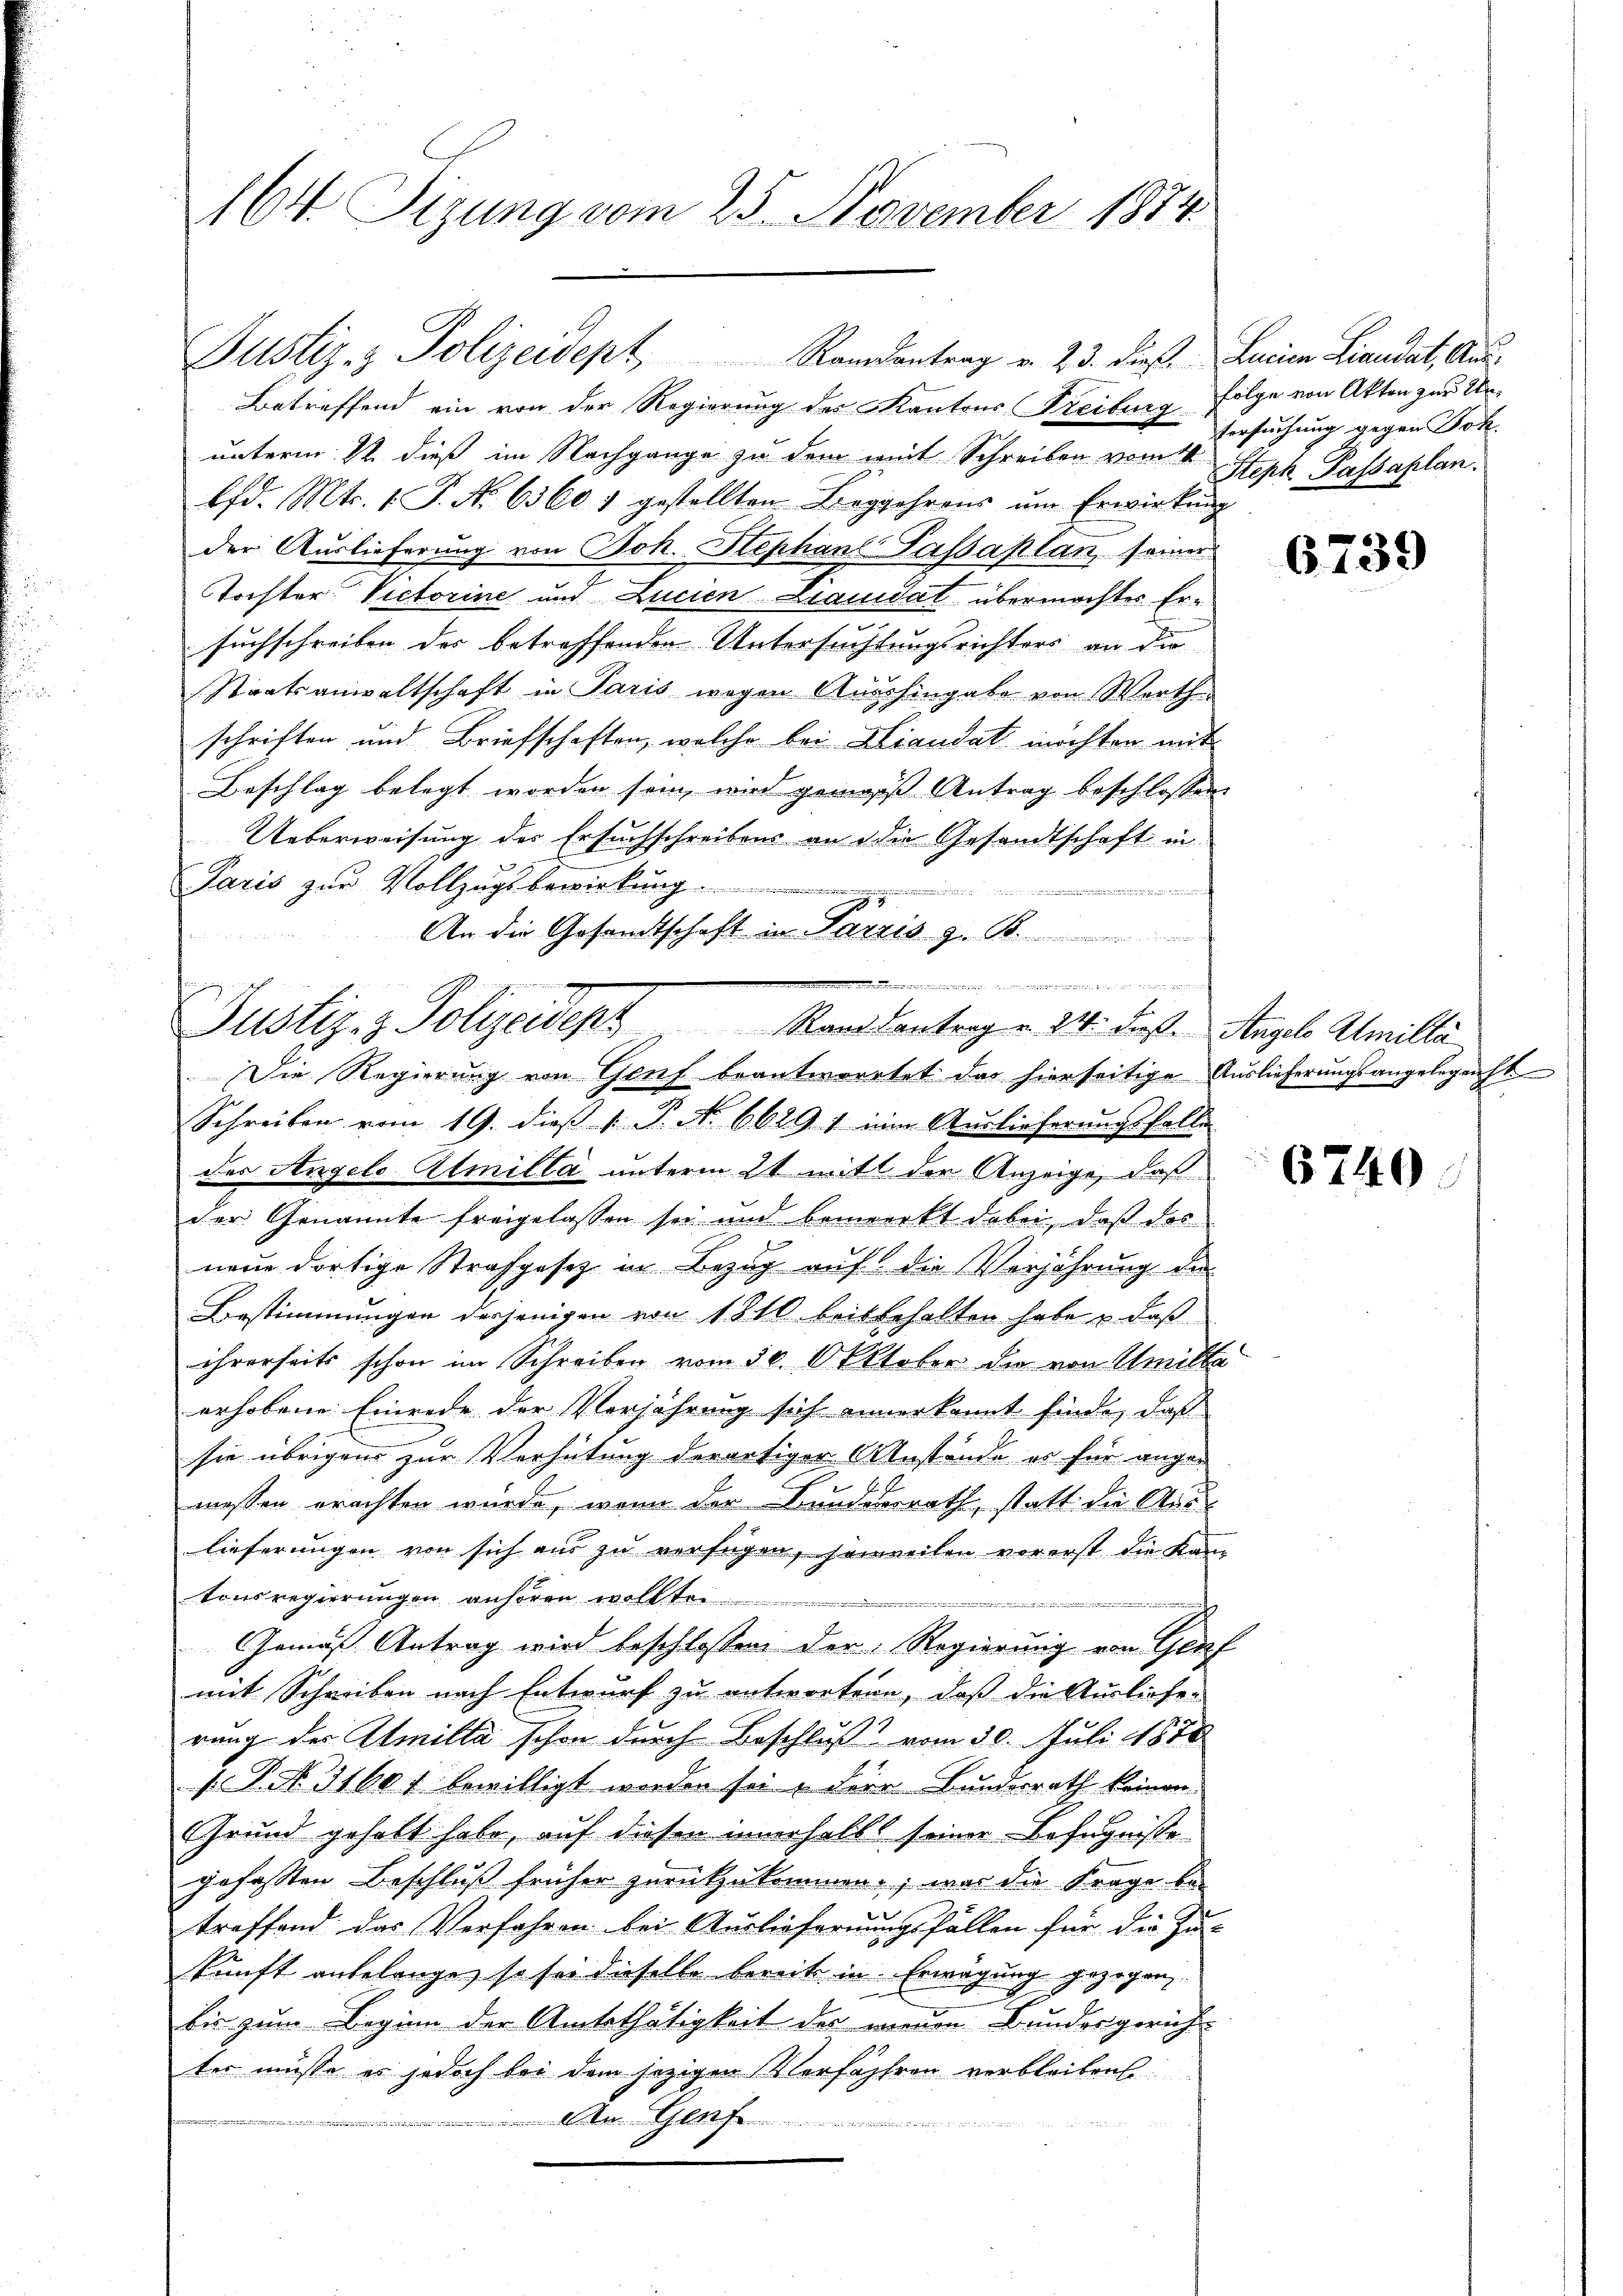
164. Sizung vom 25. November 1874.

Betreffend ein von der Regierung des Kantons Freiburg Folge von Akten zur Ur-
unterm 1ten dieß im Nachgange zu dem mit Schreiben vom 14. Steph Passaplan.
lfd. Mts. 1. P. No 6360 7 gestellten Begehrens ŭm Erwirkung
der Auslieferung von Joh. Stephans Passaplan seiner
Tochter Victorine und Lucien Liquidat übermochter Ersuchschreiben der betreffenden Untersuchtungsrichters an die
Staatsanwaltschaft in Paris wegen Aushingabe von Werthe
schriften und Briefschaften, welche bei Hiandat möchten mit
Beschlag belegt worden sein, wird gemäß Antrag beschlossen:
Ueberweisung des Ersuchschreibens an die Gesandtschaft in
Paris zur Vollzugsbewirkung
,
d
An die Gesandtschaft in Parzis z. B.

Justiz- & Polizeidept Randantrag v. 23. dieß Leine Liendat, Aus¬

dann angen
Justiz- & Polizeidept Mandantrag v. 24. diese Angel. Amilli
Die Regierung von Genf beantwortet das hierseitige Auslieferungsangelegenst

Versuchung gegen Joh.

Schreiben vom 19. dieß v. P. N. 66291 ein Auslieferungsfalls
des Angelo Almilla unterm 21 mit der Anzeige, daß
der Genannte freigelassen sei und bemerkt dabei, daß das
neue dortige Strafgesetz in Bezug auf die Verjährung der
Bestimmungen derjenigen von 1810 beit behalten habe u. daß
ihrerseits schon im Schreiben vom 30. Oktober die von Amille
erhobene Einrede der Verjährung sich annerkannt finde, daß
sie übrigen zur Verhütung derartiger Anstände es für ange¬
2 J.
messen erachten wurde, wenn der Bundesrath, statt der Aus-
lieferungen von sich aus zu verfügen, seinweilen vorerst die Kam
tonsregierungen anhören wollte
.
n
Gemäss Antrag wird beschlossen der Regierung von Genf
mit Schreiben nach Entwurf zu antwortern, daß die Ausliefe
rung der Almilla schon durch Beschluß vom 30. Juli 1878
s P. Nr. 31601 bewilligt worden sei. Dier Bunderrath keinen
Grund geholt habe, auf diesen innerhalb seiner Befugnisse
gefaßten Beschluß früher zurückzukommen, was die Frage be
treffend das Verfahren bei Auslieferungsfällen für die Zu-
kunft anbelange, so sei dieselbe bereits in Erwägung gezogen.
bis zum Beginn der Amtsthätigkeit der neuen Bundesgerich-
ter müsse es jedoch bei dem jezigen Verfahren verbleiben.
An G

6739

6740